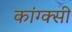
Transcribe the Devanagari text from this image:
कांग्क्सी